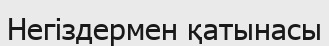
Негіздермен қатынасы